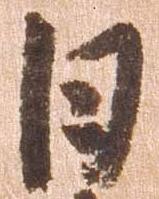
日